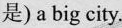
是)a big city.